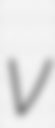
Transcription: v